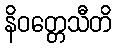
နိဝတ္တေသီတိ